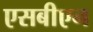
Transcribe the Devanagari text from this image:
एसबीएन